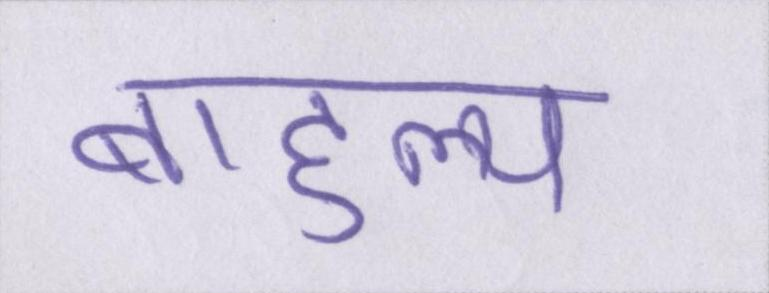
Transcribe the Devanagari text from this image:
बाहुल्य